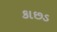
કાછડ